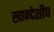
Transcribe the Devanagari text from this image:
खान्देशीच